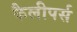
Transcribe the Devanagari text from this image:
कैलीपर्स